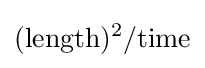
\mathrm {(length)^{2}/time}